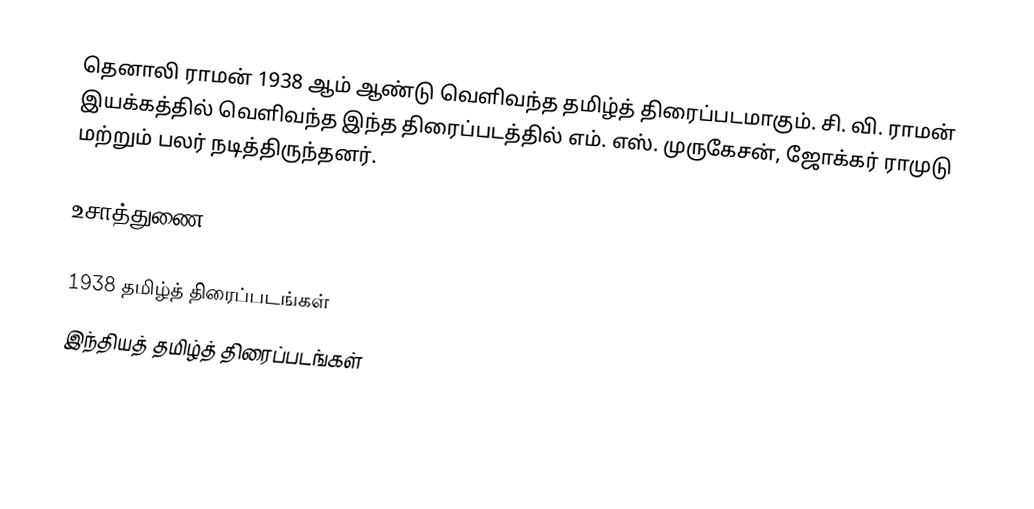
தெனாலி ராமன் 1938 ஆம் ஆண்டு வெளிவந்த தமிழ்த் திரைப்படமாகும். சி. வி. ராமன் இயக்கத்தில் வெளிவந்த இந்த திரைப்படத்தில் எம். எஸ். முருகேசன், ஜோக்கர் ராமுடு மற்றும் பலர் நடித்திருந்தனர்.

உசாத்துணை

1938 தமிழ்த் திரைப்படங்கள்
இந்தியத் தமிழ்த் திரைப்படங்கள்